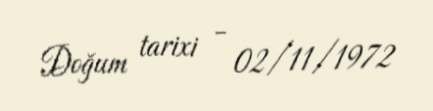
Doğum tarixi - 02/11/1972